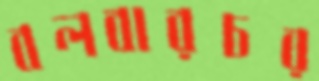
বলবারচর